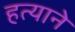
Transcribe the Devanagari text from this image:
हत्याने